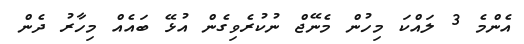
އެންމެ 3 ލައްކަ މިހުން މެނޭޖް ނުކުރެވިގެން އުޅޭ ބައެއް މިހާރު ދެން